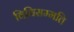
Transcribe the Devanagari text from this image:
विधिसम्मति